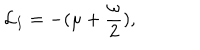
{ \cal L } _ { I } = - ( \mu + \frac { \omega } { 2 } ) ,